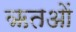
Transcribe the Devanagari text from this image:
ऋतओं